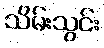
သိမ်းသွင်း